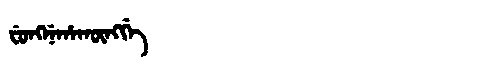
Manchu: ᠸᡠᠩᠨᡝᡥᠠᡴᡡᠩᡤᡝ
Romanization: FUNGNEHAKŪNGGE